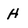
Character: H